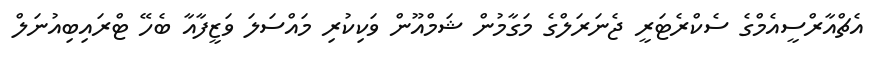
އެޗްއާރްސީއެމްގެ ސެކްރެޓަރީ ޖެނަރަލްގެ މަގާމުން ޝަމްއޫން ވަކިކުރި މައްސަލަ ވަޒީފާއާ ބެހޭ ޓްރައިބިއުނަލް